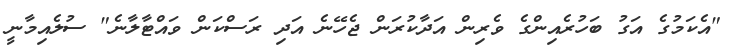
"އެކަމުގެ އަގު ބަހުރެއިންގެ ވެރިން އަދާކުރަން ޖެހޭނެ އަދި ރަސްކަން ވައްޓާލާނެ" ސުލެއިމާނީ